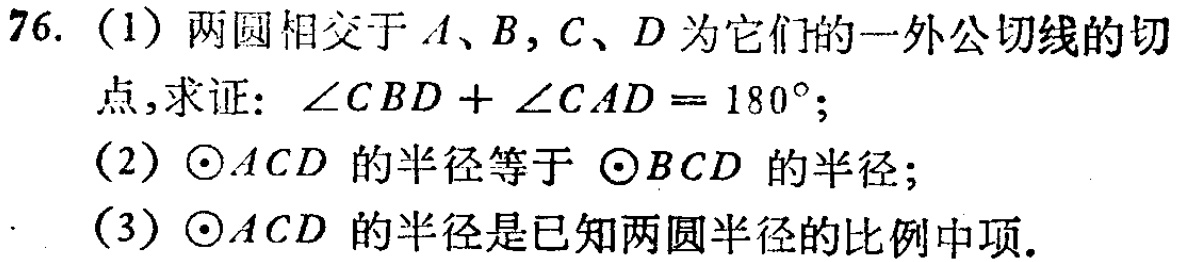
76. (1) 两圆相交于\(A\)、\(B\)，\(C\)、\(D\)为它们的一外公切线的切点，求证：\(\angle CBD+\angle CAD = 180^{\circ}\)；
(2) \(\odot ACD\) 的半径等于 \(\odot BCD\) 的半径；
(3) \(\odot ACD\) 的半径是已知两圆半径的比例中项。